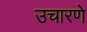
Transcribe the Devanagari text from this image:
उचारणे